65_HS1-834228961_62-HQ-83894_Section_3
Agency: FBI
Page 127
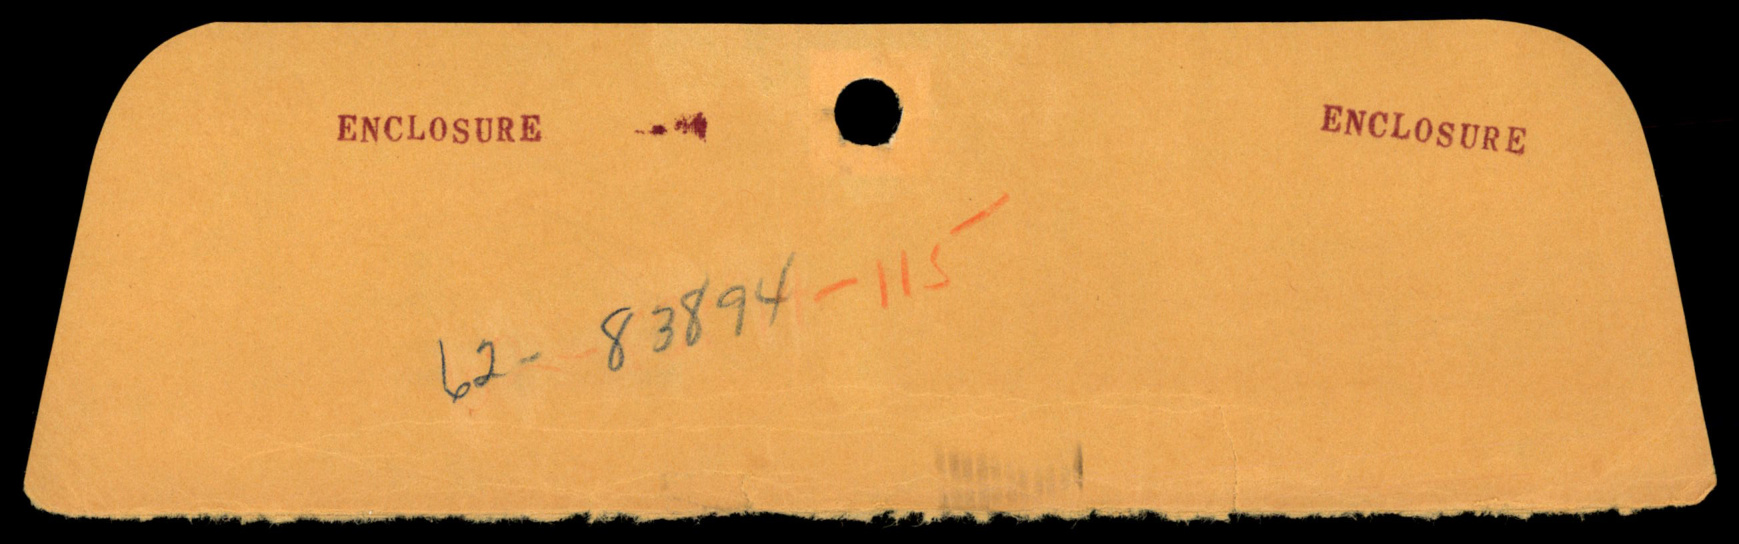